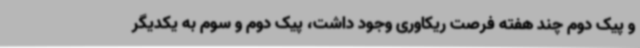
و پیک دوم چند هفته فرصت ریکاوری وجود داشت، پیک دوم و سوم به یکدیگر